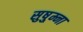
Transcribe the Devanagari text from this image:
सुषु्म्ना